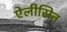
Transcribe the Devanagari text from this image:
ऐलीसिन